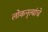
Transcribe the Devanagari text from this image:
लोकनृत्यांचे